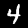
Label: 4